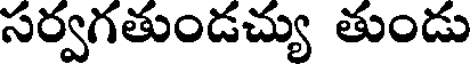
సర్వగతుండచ్యు తుండు